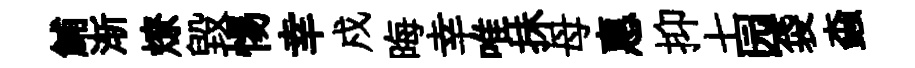
鯆渐燎毀惕幸戍晦幸唯抺母惠抑七园袋螙